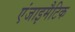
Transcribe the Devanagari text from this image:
एंजाइमैटिक